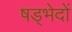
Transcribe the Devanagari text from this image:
षड्भेदों